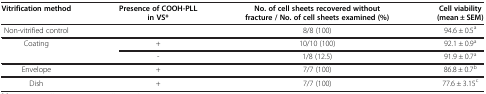
<table><thead><tr><td><b>Vitrification method</b></td><td><b>Presence of COOH-PLL in VS*</b></td><td><b>No. of cell sheets recovered without fracture / No. of cell sheets examined (%)</b></td><td><b>Cell viability (mean ± SEM)</b></td></tr></thead><tbody><tr><td>Non-vitrified control</td><td> </td><td>8/8 (100)</td><td>94.6 ± 0.5<sup>a</sup></td></tr><tr><td rowspan="2">Coating</td><td>+</td><td>10/10 (100)</td><td>92.1 ± 0.9<sup>a</sup></td></tr><tr><td>-</td><td>1/8 (12.5)</td><td>91.9 ± 0.7<sup>a</sup></td></tr><tr><td>Envelope</td><td>+</td><td>7/7 (100)</td><td>86.8 ± 0.7<sup>b</sup></td></tr><tr><td>Dish</td><td>+</td><td>7/7 (100)</td><td>77.6 ± 3.15<sup>c</sup></td></tr></tbody></table>